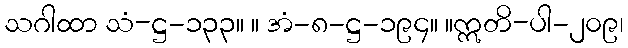
သဂါထာ သံ-ဋ္ဌ-၁၃၃။ ။ အံ-၈-ဋ္ဌ-၁၉၄။ ။ဣတိ-ပါ-၂၀၉၊